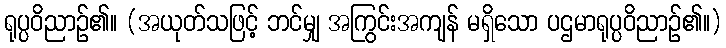
ရုပ္ပဝိညာဉ်၏။ (အယုတ်သဖြင့် ဘင်မျှ အကြွင်းအကျန် မရှိသော ပဌမာရုပ္ပဝိညာဉ်၏။)